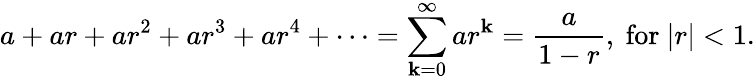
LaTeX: a+ar+ar^{2}+ar^{3}+ar^{4}+\cdots=\sum_{\mathbf{k}=0}^{\infty}ar^{\mathbf{k}}={\frac{{a}}{{1-r}}},{\mathrm{{~for~}}}|r|<1.